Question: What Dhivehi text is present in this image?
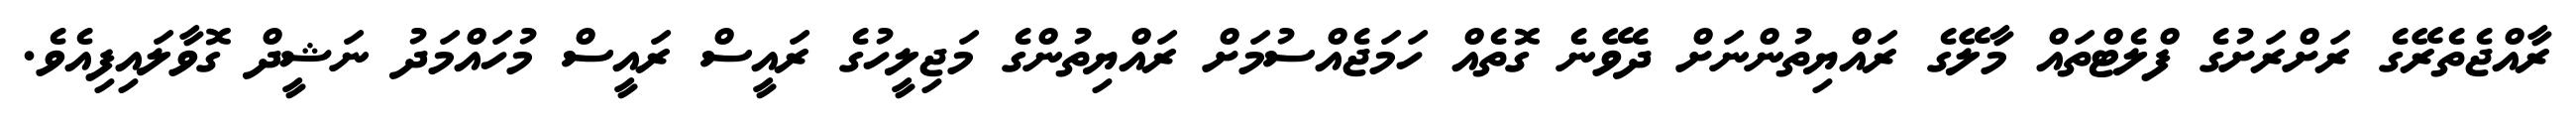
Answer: ރާއްޖެތެރޭގެ ރަށްރަށުގެ ފްލެޓްތައް މާލޭގެ ރައްޔިތުންނަށް ދެވޭނެ ގޮތެއް ހަމަޖެއްސުމަށް ރައްޔިތުންގެ މަޖިލީހުގެ ރައީސް ރައީސް މުހައްމަދު ނަޝީދް ގޮވާލައިފިއެވެ.